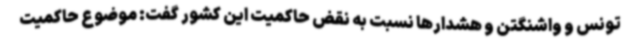
تونس و واشنگتن و هشدارها نسبت به نقض حاکمیت این کشور گفت: موضوع حاکمیت